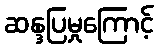
ဆန္ဒပြမှုကြောင့်